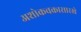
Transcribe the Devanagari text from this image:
अशोकचक्रासारखे